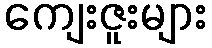
ကျေးဇူးများ